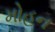
મોહન